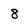
Character: 8